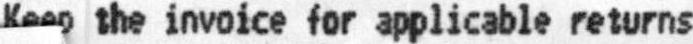
KEEP THE INVOICE FOR APPLICABLE RETURNS